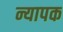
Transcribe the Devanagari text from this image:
न्यापक